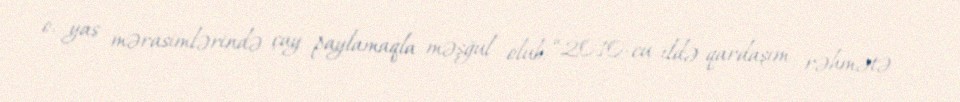
o, yas mərasimlərində çay paylamaqla məşğul olub: “2010-cu ildə qardaşım rəhmətə